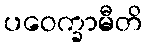
ပဝေက္ခာမီတိ